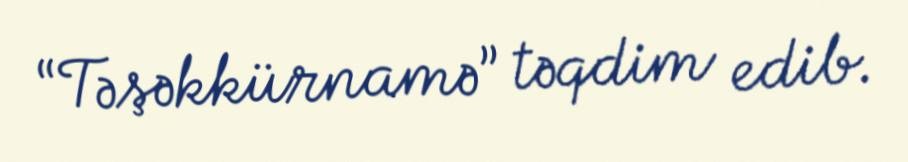
“Təşəkkürnamə” təqdim edib.